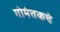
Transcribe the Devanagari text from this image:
गोमंतकचे